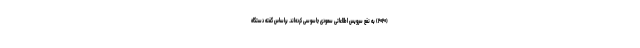
(۲۰۲۰) به نفع سرویس اطلاعاتی سعودی جاسوسی کرده‌اند. براساس گفته دستگاه